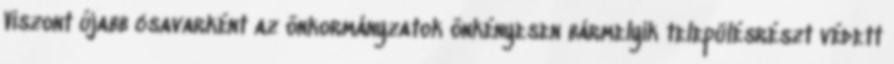
Viszont újabb csavarként az önkormányzatok önkényesen bármelyik településrészt védett